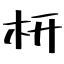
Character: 枅